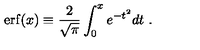
\mathrm { e r f } ( x ) \equiv { \frac { 2 } { \sqrt { \pi } } } \int _ { 0 } ^ { x } e ^ { - t ^ { 2 } } d t \ .